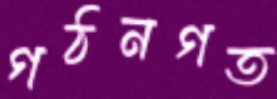
গঠনগত